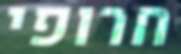
חרופי